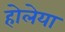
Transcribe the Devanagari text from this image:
होलेया